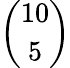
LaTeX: \binom{10}{5}